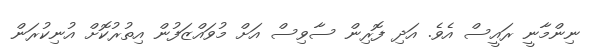
ނިންމާނީ ރައީސް އެވެ. އަދި ފޮރިން ސާވިސް އަށް މުވައްޒަފުން އިތުރުކޮށް އުނިކުރަން